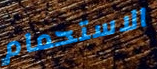
الاستحمام